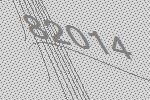
82014